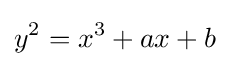
y^{2}=x^{3}+ax+b